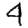
Digit: 4